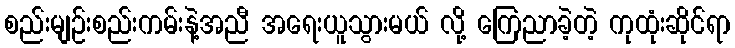
စည်းမျဉ်းစည်းကမ်းနဲ့အညီ အရေးယူသွားမယ် လို့ ကြေညာခဲ့တဲ့ ကုထုံးဆိုင်ရာ